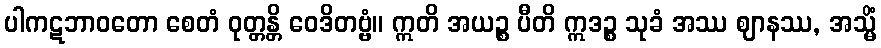
ပါကဋဘာဝတော စေတံ ဝုတ္တန္တိ ဝေဒိတဗ္ဗံ။ ဣတိ အယဉ္စ ပီတိ ဣဒဉ္စ သုခံ အဿ ဈာနဿ, အသ္မိံ